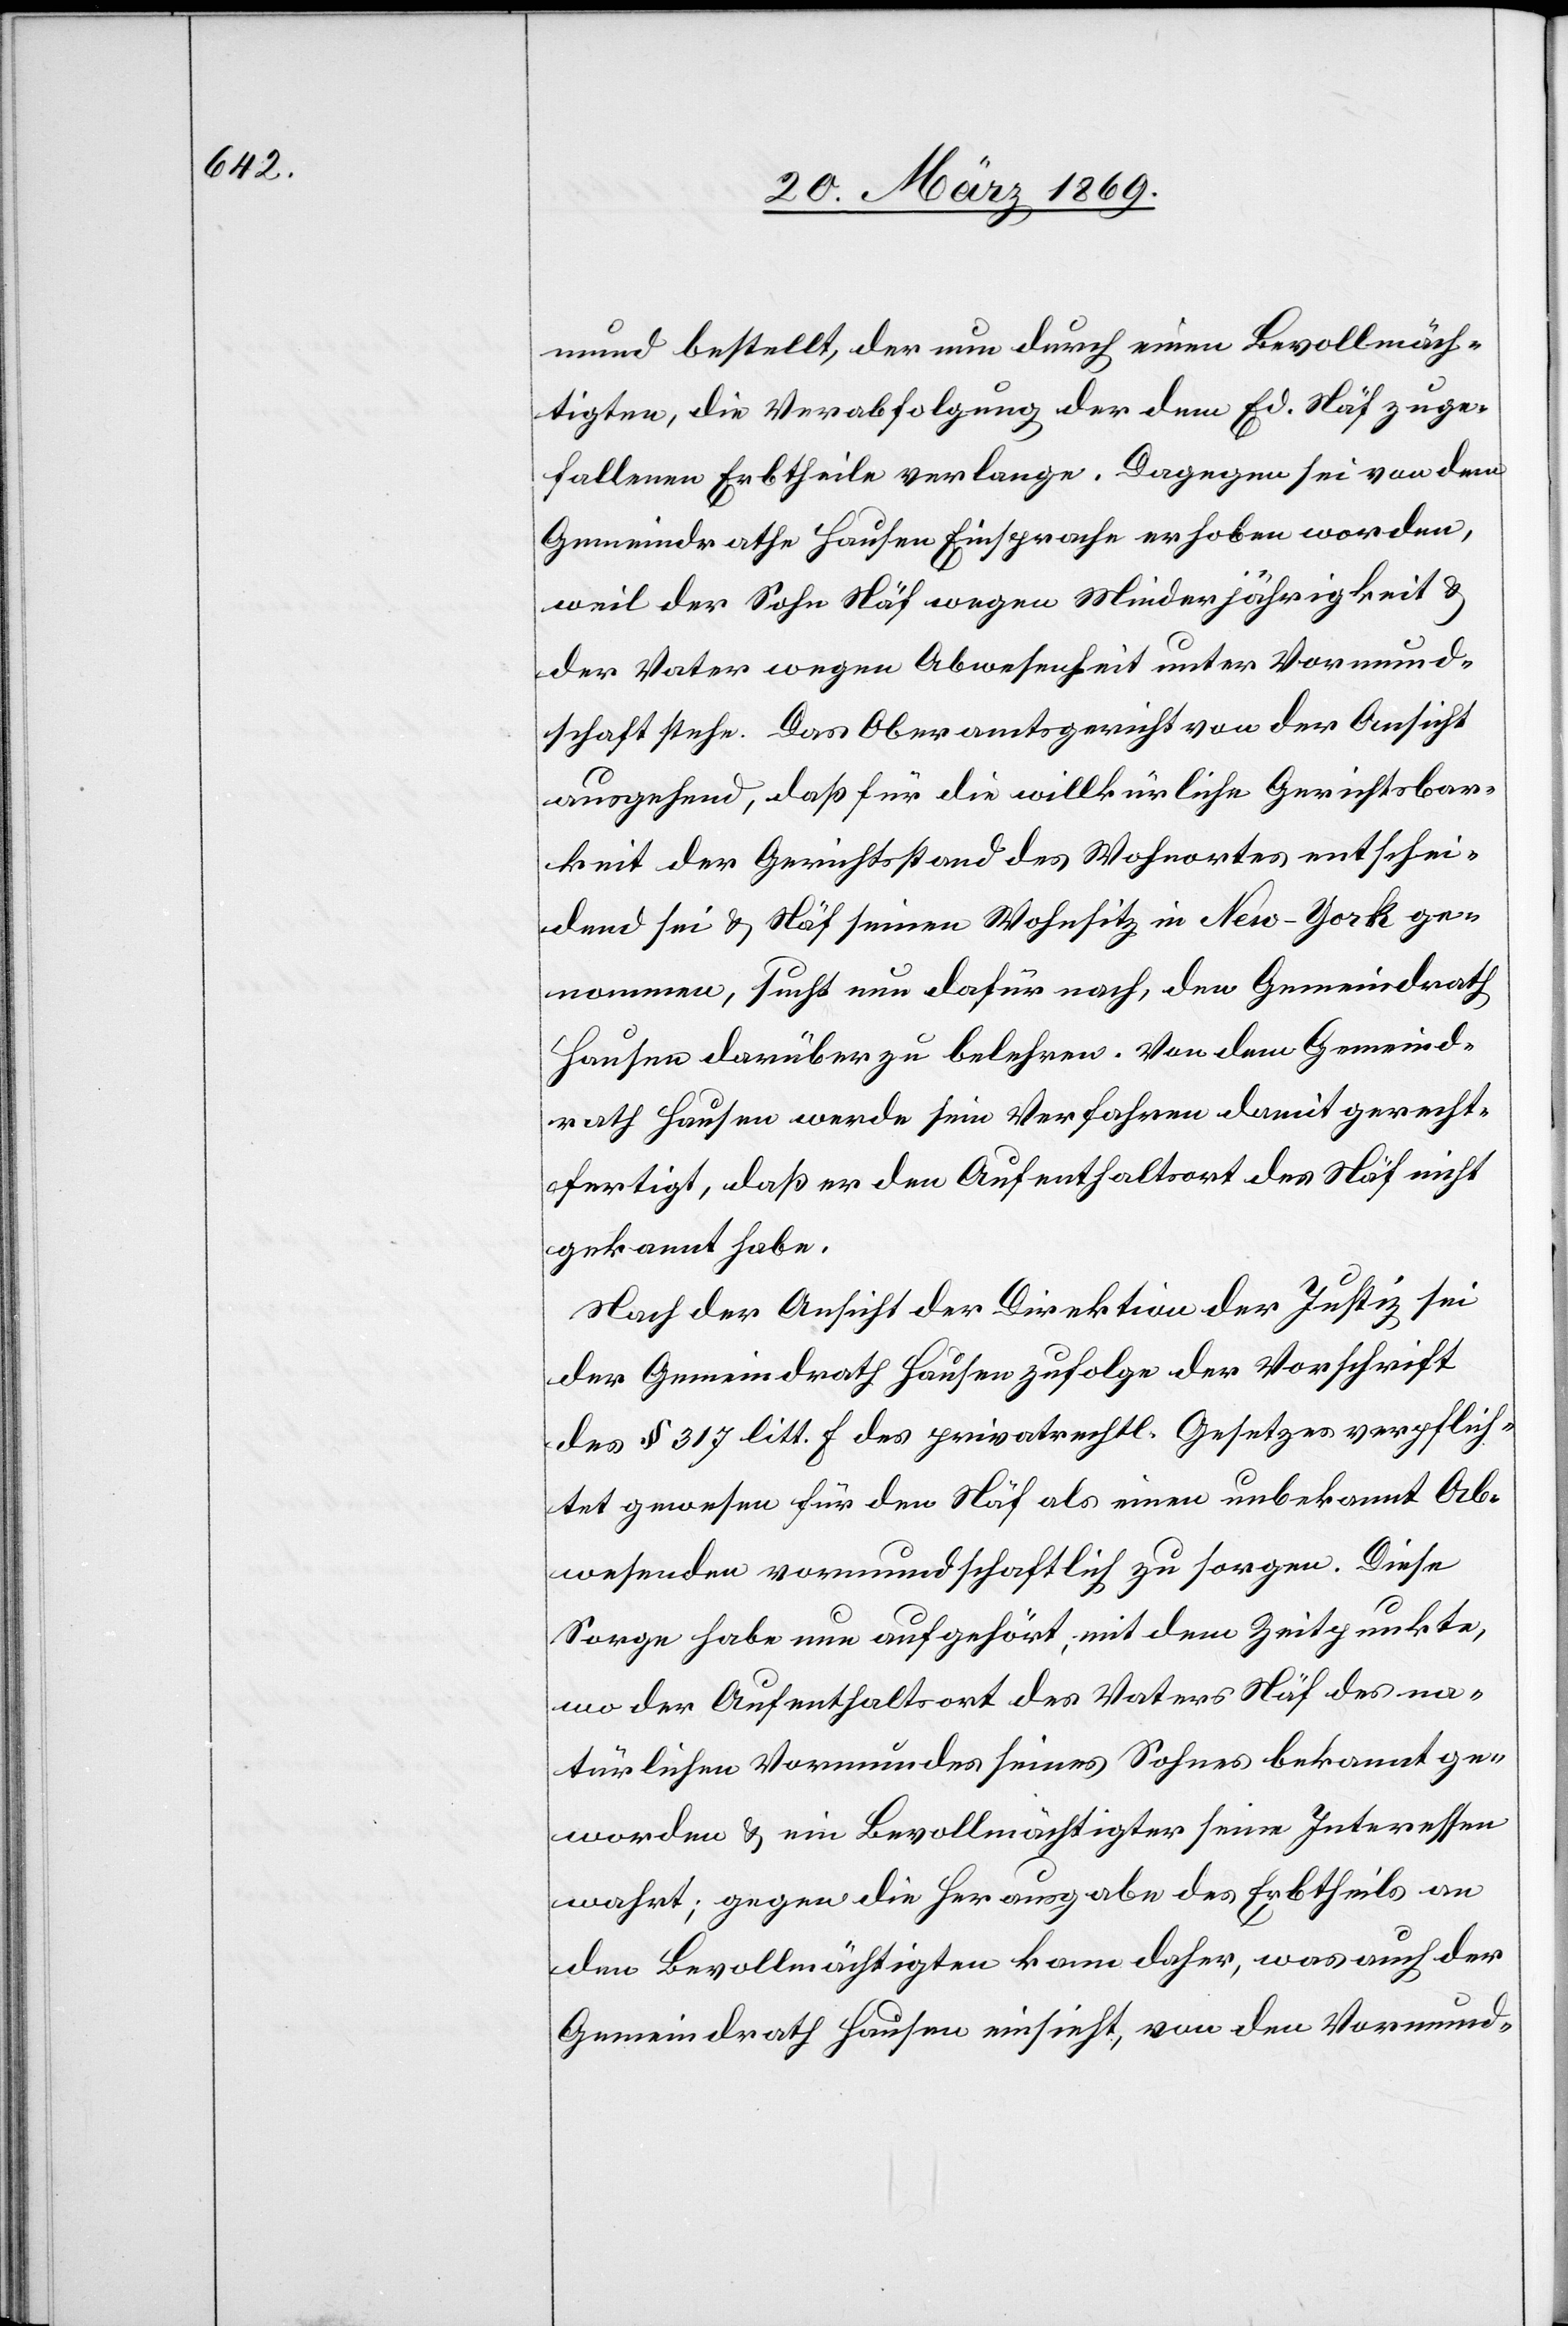
mund bestellt, der nun durch einen Bevollmäch¬
tigten, die Verabfolgung der dem Ed. Näf zuge¬
fallenen Erbtheile verlange. Dagegen sei von dem
Gemeindrathe Hausen Einsprache erhoben worden,
weil der Sohn Näf wegen Minderjährigkeit &
der Vater wegen Abwesenheit unter Vormund¬
schaft stehe. Das Oberamtsgericht von der Ansicht
ausgehend, daß für die willkürliche Gerichtsbar¬
keit der Gerichtsstand des Wohnortes entschei¬
dend sei & Näf seinen Wohnsitz in New-York ge¬
nommen, sucht nun dafür nach, den Gemeindrath
Hausen darüber zu belehren. Von dem Gemeind¬
rath Hausen werde sein Verfahren damit gerecht¬
fertigt, daß er den Aufenthaltsort des Näf nicht
gekannt habe.
Nach der Ansicht der Direktion der Justiz sei
der Gemeindrath Hausen zufolge der Vorschrift
des § 317 litt. f des privatrechtl. Gesetzes verpflich¬
tet gewesen für den Näf als einen unbekannt Ab¬
wesenden vormundschaftlich zu sorgen. Diese
Sorge habe nun aufgehört, mit dem Zeitpunkte,
wo der Aufenthaltsort des Vaters Näf des na¬
türlichen Vormundes seines Sohnes bekannt ge¬
worden & ein Bevollmächtigter seine Interessen
wahrt; gegen die Herausgabe des Erbtheils an
den Bevollmächtigten kann daher, was auch der
Gemeindrath Hausen einsieht, von den Vormund-